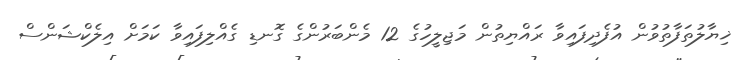
ޚިޔާލުތަފާތުވުން އުފެދިފައިވާ ރައްޔިތުން މަޖިލީހުގެ 12 މެންބަރުންގެ ގޮނޑި ގެއްލިފައިވާ ކަމަށް އިލެކްޝަންސް